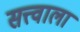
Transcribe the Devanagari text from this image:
सत्त्वाला